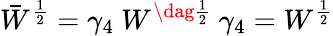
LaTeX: \bar{W}^{\frac{1}{2}}=\gamma_{4}~W^{\dag\frac{1}{2}}~\gamma_{4}=W^{\frac{1}{2}}